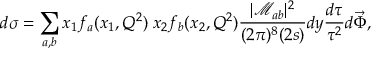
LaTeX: d \sigma = \sum _ { a , b } x _ { 1 } f _ { a } ( x _ { 1 } , Q ^ { 2 } ) \; x _ { 2 } f _ { b } ( x _ { 2 } , Q ^ { 2 } ) \frac { | { \mathcal { M } _ { a b } } | ^ { 2 } } { ( 2 \pi ) ^ { 8 } ( 2 s ) } d y \frac { d \tau } { \tau ^ { 2 } } d \vec { \Phi } ,